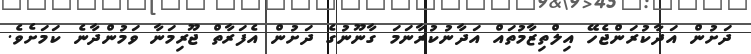
ދަށުން އަދާކުރަންޖެހޭ އިލްތިޒާމުތައް އަދާނުކުރާނަމަ ގާނޫނުގެ ދަށުން އެފަރާތް ޖޫރިމަނާ ވަމުންދާނެ ކަމަށެވެ.